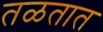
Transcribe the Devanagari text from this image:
तळतात